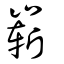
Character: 崭